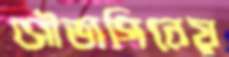
সৌভাগিনেয়